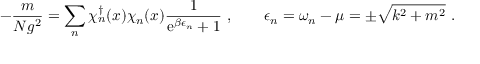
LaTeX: - \frac { m } { N g ^ { 2 } } = \sum _ { n } \chi _ { n } ^ { \dagger } ( x ) \chi _ { n } ( x ) \frac { 1 } { \mathrm { e } ^ { \beta \epsilon _ { n } } + 1 } \ , \qquad \epsilon _ { n } = \omega _ { n } - \mu = \pm \sqrt { k ^ { 2 } + m ^ { 2 } } \ .